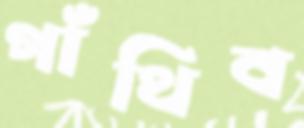
গাঁথিব